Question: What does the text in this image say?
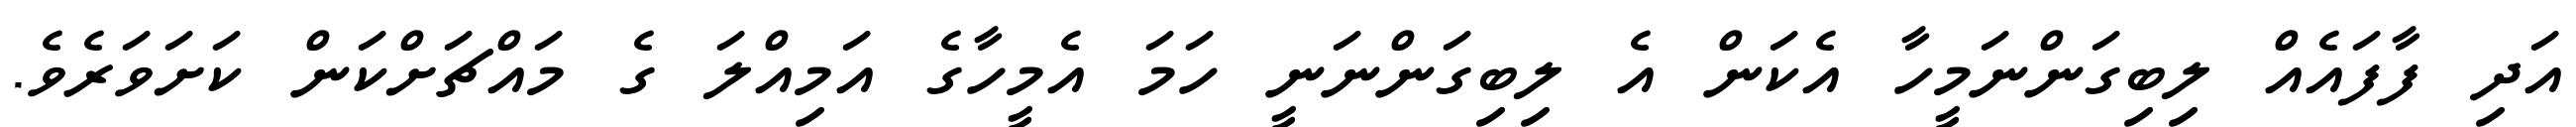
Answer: އަދި ފާފައެއް ލިބިގަންނަމީހާ އެކަން އެ ލިބިގަންނަނީ ހަމަ އެމީހާގެ އަމިއްލަ ގެ މައްޗަށްކަން ކަށަވަރެވެ.